Report of the Imperial Institute of Veterinary Research, Muktesar
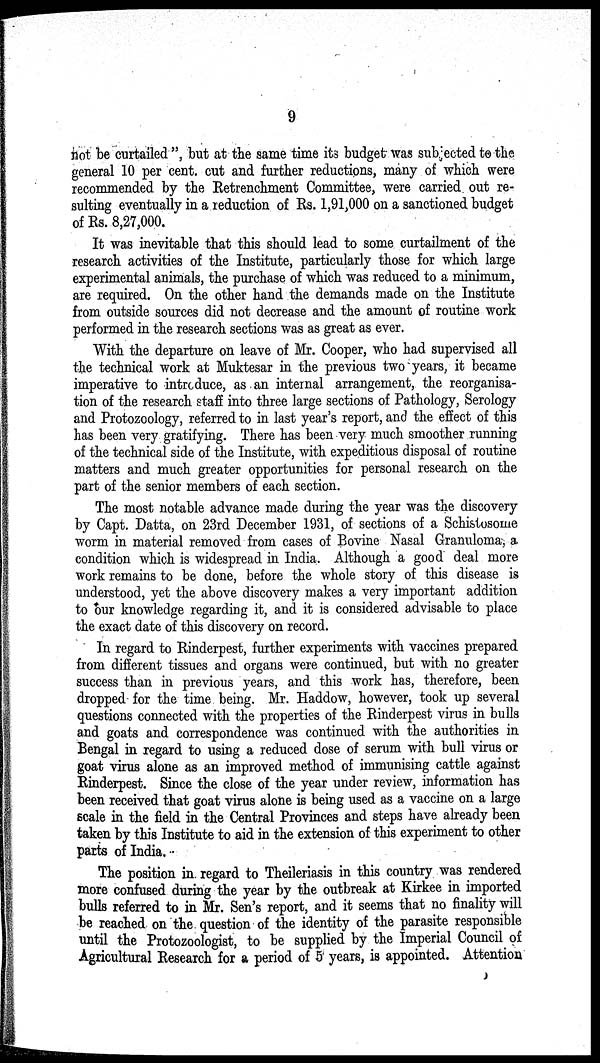
9
not be curtailed ", but at the same time its budget was subjected to the
general 10 per cent. cut and further reductions, many of which were
recommended by the Retrenchment Committee, were carried out re-
sulting eventually in a reduction of Rs. 1,91,000 on a sanctioned budget
of Rs. 8,27,000.
It was inevitable that this should lead to some curtailment of the
research activities of the Institute, particularly those for which large
experimental animals, the purchase of which was reduced to a minimum,
are required. On the other hand the demands made on the Institute
from outside sources did not decrease and the amount of routine work
performed in the research sections was as great as ever.
With the departure on leave of Mr. Cooper, who had supervised all
the technical work at Muktesar in the previous two years, it became
imperative to introduce, as an internal arrangement, the reorganisa-
tion of the research staff into three large sections of Pathology, Serology
and Protozoology, referred to in last year's report, and the effect of this
has been very gratifying. There has been very much smoother running
of the technical side of the Institute, with expeditious disposal of routine
matters and much greater opportunities for personal research on the
part of the senior members of each section.
The most notable advance made during the year was the discovery
by Capt. Datta, on 23rd December 1931, of sections of a Schistosome
worm in material removed from cases of Bovine Nasal Granuloma, a
condition which is widespread in India. Although a good deal more
work remains to be done, before the whole story of this disease is
understood, yet the above discovery makes a very important addition
to our knowledge regarding it, and it is considered advisable to place
the exact date of this discovery on record.
In regard to Rinderpest, further experiments with vaccines prepared
from different tissues and organs were continued, but with no greater
success than in previous years, and this work has, therefore, been
dropped for the time being. Mr. Haddow, however, took up several
questions connected with the properties of the Rinderpest virus in bulls
and goats and correspondence was continued with the authorities in
Bengal in regard to using a reduced dose of serum with bull virus or
goat virus alone as an improved method of immunising cattle against
Rinderpest. Since the close of the year under review, information has
been received that goat virus alone is being used as a vaccine on a large
scale in the field in the Central Provinces and steps have already been
taken by this Institute to aid in the extension of this experiment to other
parts of India.
The position in regard to Theileriasis in this country was rendered
more confused during the year by the outbreak at Kirkee in imported
bulls referred to in Mr. Sen's report, and it seems that no finality will
be reached on the question of the identity of the parasite responsible
until the Protozoologist, to be supplied by the Imperial Council of
Agricultural Research for a period of 5 years, is appointed. Attention